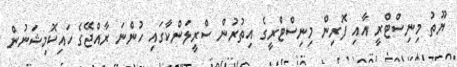
ޔޫތު މިނިސްޓްރީ އާއި ފޮރިން މިނިސްޓްރީގެ އިތުރުން ސްރީލަންކާގައި ހުންނަ ރާއްޖޭގެ ހައިކޮމިޝަނުން